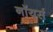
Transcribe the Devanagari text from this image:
नॉयर्स